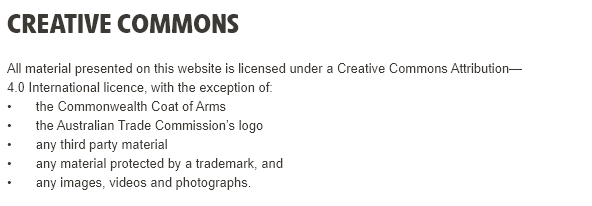
CREATIVE    COMMONS
  All material presented on this website is licensed under a Creative Commons Attribution—
  4.0 International licence, with the exception of.
     the Commonwealth Coat of Arms
     the Australian Trade Commission's logo
     any third party material
     any material protected by a trademark, and
     any images, videos and photographs.